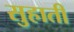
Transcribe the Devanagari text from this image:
सुहाती